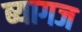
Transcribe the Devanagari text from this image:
ब्यागज